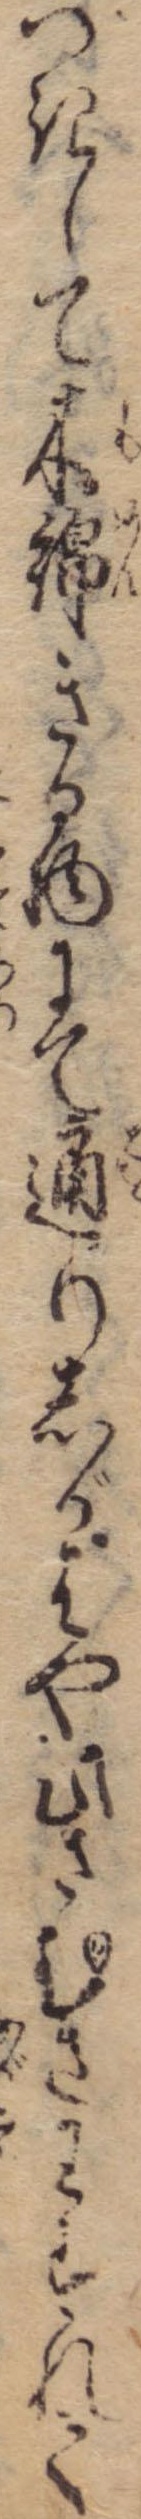
つきして木綿きる物にて通りしがはや此さむさわすれて